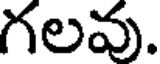
గలవు.